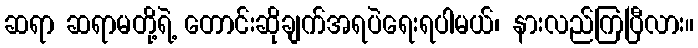
ဆရာ ဆရာမတို့ရဲ့ တောင်းဆိုချက်အရပဲရေးရပါမယ်၊ နားလည်ကြပြီလား။